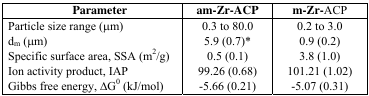
<table><thead><tr><td><b>Parameter</b></td><td><b>am-Zr-ACP</b></td><td><b>m-Zr-ACP</b></td></tr></thead><tbody><tr><td>Particle size range (μm)</td><td>0.3 to 80.0</td><td>0.2 to 3.0</td></tr><tr><td>d<sub>m</sub> (μm)</td><td>5.9 (0.7)*</td><td>0.9 (0.2)</td></tr><tr><td>Specific surface area, SSA (m<sup>2</sup>/g)</td><td>0.5 (0.1)</td><td>3.8 (1.0)</td></tr><tr><td>Ion activity product, IAP</td><td>99.26 (0.68)</td><td>101.21 (1.02)</td></tr><tr><td>Gibbs free energy, ΔG<sup>0</sup> (kJ/mol)</td><td>-5.66 (0.21)</td><td>-5.07 (0.31)</td></tr></tbody></table>